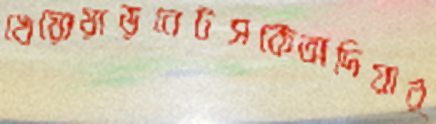
খেয়োয়াড়বেটসকেঅদিয়ার্